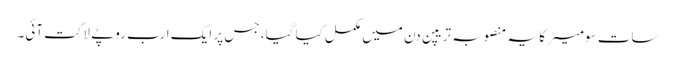
سات سو میٹرکا یہ منصوبہ تریپن دن میں مکمل کیا گیا، جس پر ایک ارب روپے لاگت آئی۔